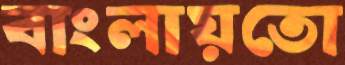
বাংলায়তো